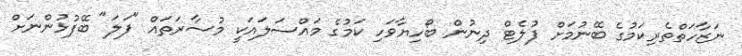
ނަޒާހަތްތެރިކަމުގެ ބޭނުމަށް ފުލެޓް ދިނުން ބޯހިޔާވަހި ކަމުގެ މައްސަލައަކީ މުސާރަތައް "ފަލަ" ބޭފުޅުންނަށް